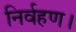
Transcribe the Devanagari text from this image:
निर्वहण।